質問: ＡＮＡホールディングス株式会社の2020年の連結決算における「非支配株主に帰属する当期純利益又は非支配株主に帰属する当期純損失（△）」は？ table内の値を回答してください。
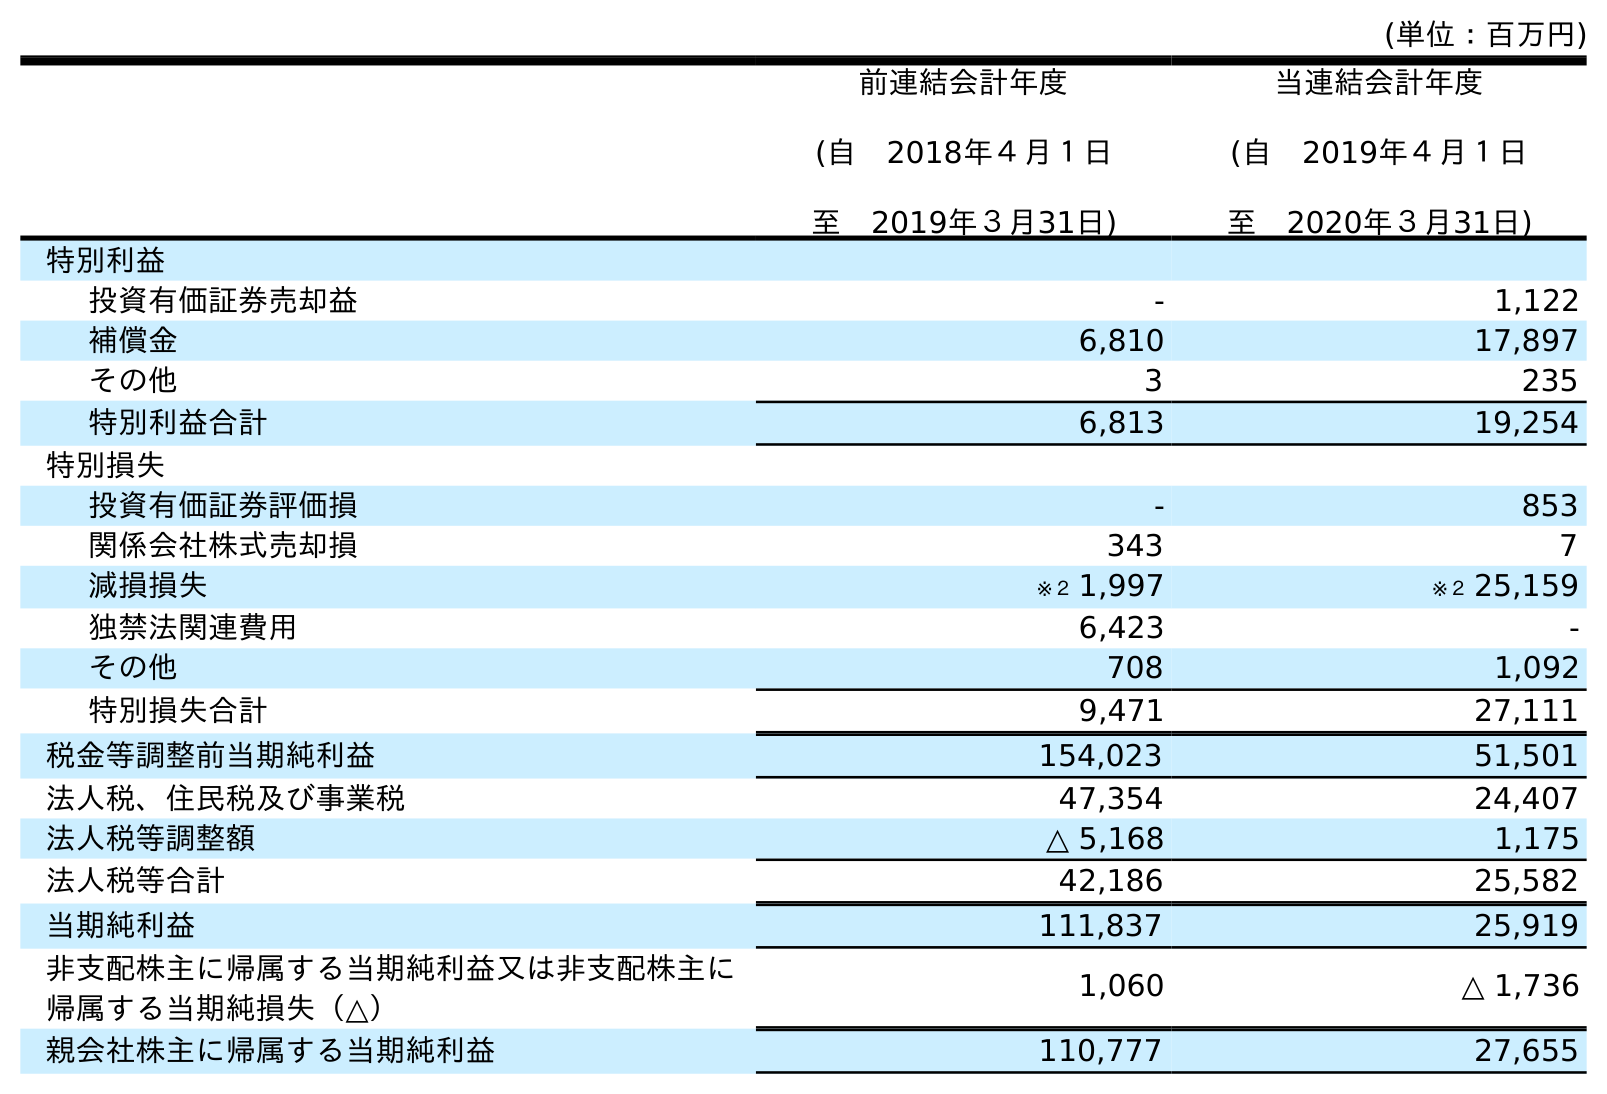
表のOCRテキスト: (単位：百万円) 前連結会計年度 (自 2018年４月１日 至 2019年３月31日) 当連結会計年度 (自 2019年４月１日 至 2020年３月31日) 特別利益 投資有価証券売却益 - 1,122 補償金 6,810 17,897 その他 3 235 特別利益合計 6,813 19,254 特別損失 投資有価証券評価損 - 853 関係会社株式売却損 343 7 減損損失 ※２ 1,997 ※２ 25,159 独禁法関連費用 6,423 - その他 708 1,092 特別損失合計 9,471 27,111 税金等調整前当期純利益 154,023 51,501 法人税、住民税及び事業税 47,354 24,407 法人税等調整額 △ 5,168 1,175 法人税等合計 42,186 25,582 当期純利益 111,837 25,919 非支配株主に帰属する当期純利益又は非支配株主に 帰属する当期純損失（△） 1,060 △ 1,736 親会社株主に帰属する当期純利益 110,777 27,655
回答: △1,736